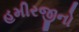
હમીરજીનો